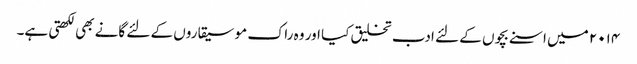
۲۰۱۴ میں اسنے بچوں کے لئے ادب تخلیق کیا اور وہ راک موسیقاروں کے لئے گانے بھی لکھتی ہے۔